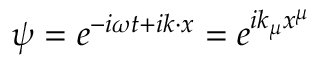
\psi = e ^ { - i \omega t + i k \cdot x } = e ^ { i k _ { \mu } x ^ { \mu } }